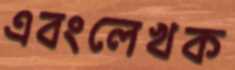
এবংলেখক